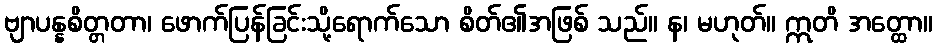
ဗျာပန္နစိတ္တတာ၊ ဖောက်ပြန်ခြင်းသို့ရောက်သော စိတ်၏အဖြစ် သည်။ န၊ မဟုတ်။ ဣတိ အတ္ထော။